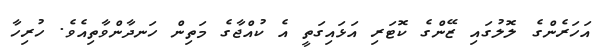
އަހަރެންގެ ލޮލުގައި ޒޭންގެ ކޮޓަރި އަޅައިގަތީ އެ ކުއްޖާގެ މަތިން ހަނދާންވާތިއެވެ. ހުރިހާ